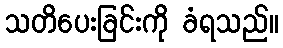
သတိပေးခြင်းကို ခံရသည်။